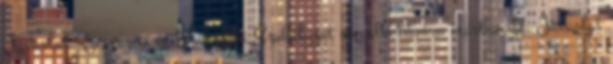
Javaslat Szervezeti és Működési Szabályzat megalkotására írásban 17. Javaslat